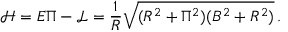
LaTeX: \mathcal { H } = E \Pi - \mathcal { L } = \frac { 1 } { R } \sqrt { ( R ^ { 2 } + \Pi ^ { 2 } ) ( B ^ { 2 } + R ^ { 2 } ) } \, .